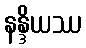
နန္ဒိယဿ